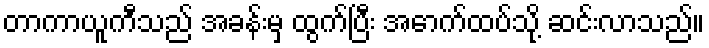
တာကာယူကီသည် အခန်းမှ ထွက်ပြီး အောက်ထပ်သို့ ဆင်းလာသည်။